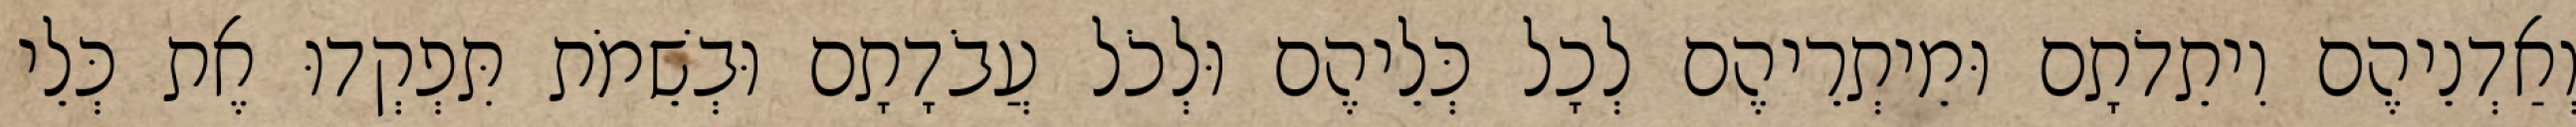
וְאַדְנֵיהֶם וִיתֵדֹתָם וּמֵיתְרֵיהֶם לְכָל כְּלֵיהֶם וּלְכֹל עֲבֹדָתָם וּבְשֵׁמֹת תִּפְקְדוּ אֶת כְּלֵי